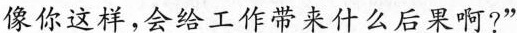
像你这样，会给工作带来什么后果啊?”